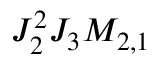
J _ { 2 } ^ { 2 } J _ { 3 } M _ { 2 , 1 }